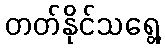
တတ်နိုင်သရွေ့